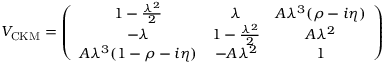
V _ { \mathrm { C K M } } = \left( \begin{array} { c c c } { { 1 - \frac { \lambda ^ { 2 } } { 2 } } } & { { \lambda } } & { { A \lambda ^ { 3 } ( \rho - i \eta ) } } \\ { { - \lambda } } & { { 1 - \frac { \lambda ^ { 2 } } { 2 } } } & { { A \lambda ^ { 2 } } } \\ { { A \lambda ^ { 3 } ( 1 - \rho - i \eta ) } } & { { - A \lambda ^ { 2 } } } & { { 1 } } \end{array} \right)